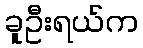
ခူဦးရယ်က